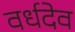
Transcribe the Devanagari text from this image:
वर्धदेव